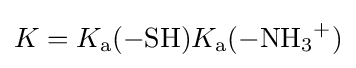
K=K_{\mathrm {a} }{\ce {(-SH)}}K_{\mathrm {a} }{\ce {(-NH3+)}}